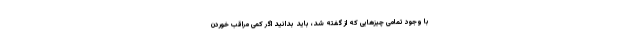
با وجود تمامی چیز‌هایی که از گفته شد، باید بدانید اگر کمی مراقب خوردن